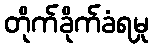
တိုက်ခိုက်ခံရမှု